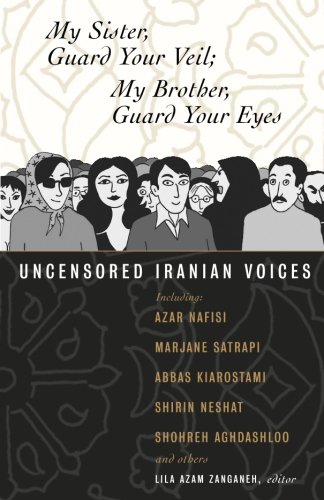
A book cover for My Sister, Guard Your Veil; My Brother, Guard Your Eyes: Uncensored Iranian Voices; Azar Nafisi; Literature & Fiction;